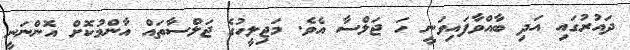
ދައުރުގައި އަދި ބާއްވާފައިވަނީ ހަ ޖަލްސާ އެވެ. މަޖިލީހުގެ ޖަލްސާތައް އާންމުކޮށް އޮންނަނީ